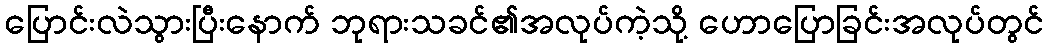
ပြောင်းလဲသွားပြီးနောက် ဘုရားသခင်၏အလုပ်ကဲ့သို့ ဟောပြောခြင်းအလုပ်တွင်